Black-water fever - Number 35
Disease focus: Fever
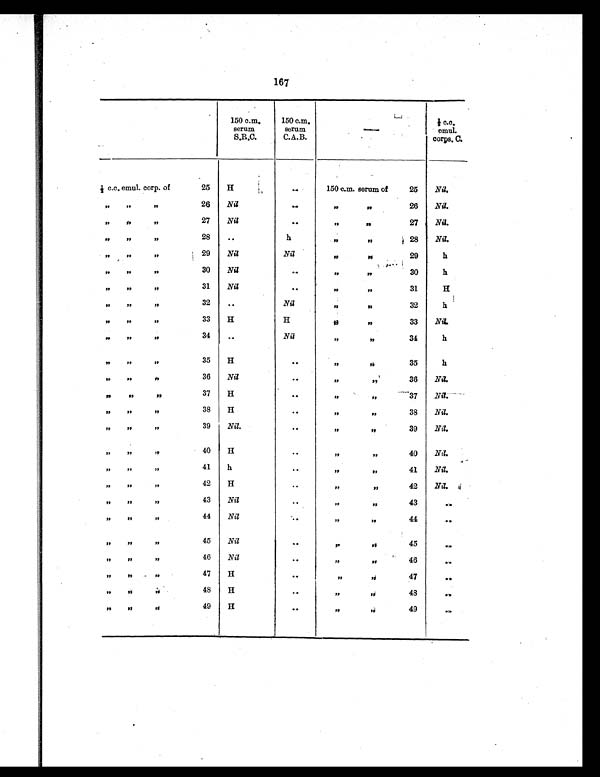
167
150 c.m.
serum
S.R.C.
150 c.m.
serum
C.A.B
—
½ c.c.
emul.
corps. C.
½ c.c. emul. corp. of
25 H
. .
150 c.m. serum of
25 Nil.
„
„
„
26 Nil
. .
„
„
26 Nil.
„ „
„
27 Nil
..
„„
27 Nil.
„
„
„
28
..
h
„ „
28 Nil.
„
„
„
29 Nil
Nil
„ „
29
h
„
„
„
30 Nil
. .
„
„ 30
h
„
„
„
31 Nil
. .
„ „
31
H
„
„
„
32
. .
Nil
„ „
32
h
„
„
„
33 H
H
„
„
33 Nil.
„
„
„
34
. .
Nil
„ „
34
h
„ „
„
35 H
. .
„ „
35
h
„
„
„
36 Nil
. .
„
„
36 Nil.
„
„
„
37 H
. .
„
„
37 Nil.
„
„
„
38 H
. .
„
„
38 Nil.
„
„
„
39 Nil.
. .
„ „
39 Nil.
„
„
„
40 H
. .
„ „
40 Nil.
„
„
„
41 h
. .
„ „
41 Nil.
„
„
„
42 H
..
„ „
42 Nil.
„
„
„
43 Nil
..
„ „
4 3
. .
„
„
„
44 Nil
..
„ „
44
. .
„
„
„
45 Nil
..
„ „
45
. .
„
„
„
46 Nil
..
„ „
46
. .
„
„ „
47 H
. .
„
„
47
. .
„
„
„
48
H
..
„ „
48
. .
„
„
„
49 H
. .
„ „
49
. .